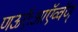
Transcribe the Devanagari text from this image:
णऊऍःआऍव्वॅण्